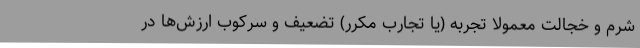
شرم و خجالت معمولاً تجربه‌ (یا تجارب مکرر) تضعیف و سرکوب ارزش‌ها در